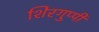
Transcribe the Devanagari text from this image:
शिरगुप्पी